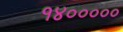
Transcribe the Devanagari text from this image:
१४०००००